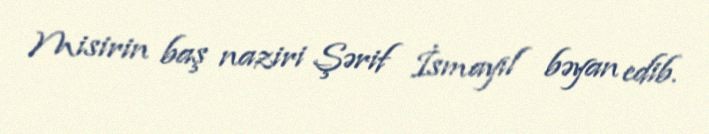
Misirin baş naziri Şərif İsmayıl bəyan edib.